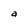
Character: a